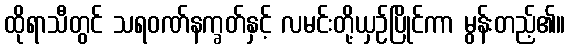
ထိုရာသီတွင် သရဝဏ်နက္ခတ်နှင့် လမင်းတို့ယှဉ်ပြိုင်ကာ မွန်းတည့်၏။